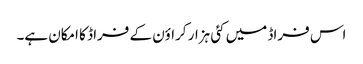
اس فراڈ میں کئی ہزار کراؤن کے فراڈ کا امکان ہے۔